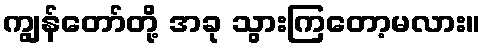
ကျွန်တော်တို့ အခု သွားကြတော့မလား။